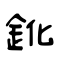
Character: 鈋